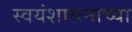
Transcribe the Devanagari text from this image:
स्वयंशासनाच्या